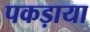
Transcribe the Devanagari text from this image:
पकड़ाया